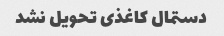
دستمال کاغذی تحویل نشد